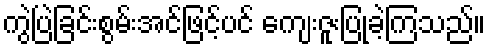
ကွဲပြဲခြင်းစွမ်းအင်ဖြင့်ပင် ကျေးဇူးပြုခဲ့ကြသည်။